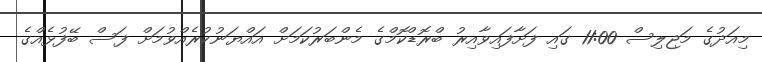
މިއަދުގެ މަޖިލިސް 11:00 ގައި ފަށާފައިވާއިރު ބްރޮޑްކޮމްގެ މެންބަރުކަމަށް އައްޔަނުކުރެއްވުމަށް ފަސް ބޭފުޅެއްގެ